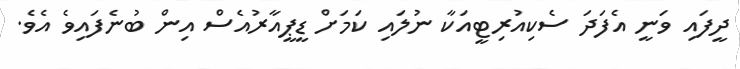
ދީފައި ވަނީ އެފަދަ ސެކިއުރިޓީއަކާ ނުލައި ކަމަށް ޑީޕީއާރުއެސް އިން ބުނެފައިވެ އެވެ.